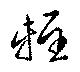
軽